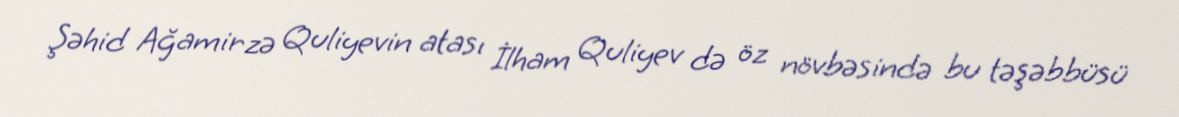
Şəhid Ağamirzə Quliyevin atası İlham Quliyev də öz növbəsində bu təşəbbüsü